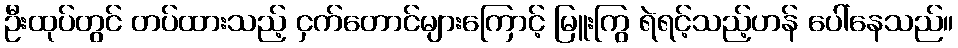
ဦးထုပ်တွင် တပ်ထားသည့် ငှက်တောင်များကြောင့် မြူးကြွ ရဲရင့်သည့်ဟန် ပေါ်နေသည်။